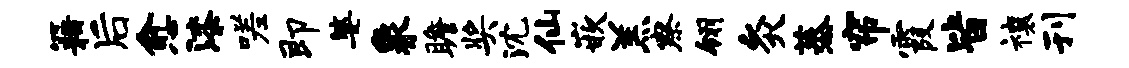
籍后愈漆嗟即婆象瞻奖沈仙嵌羔察翎灸蒸帘霞皆禳刊